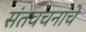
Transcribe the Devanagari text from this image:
संतवचनांचे